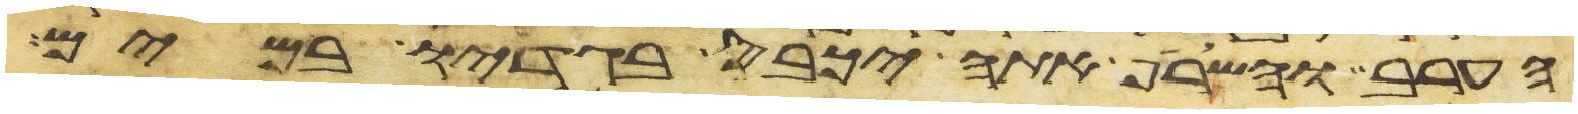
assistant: הערב והשרף אתה יכבס בגדיו במים